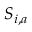
S _ { i , a }